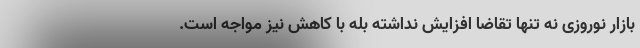
بازار نوروزی نه تنها تقاضا افزایش نداشته بله با کاهش نیز مواجه است.